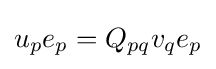
u_{p}e_{p}=Q_{pq}v_{q}e_{p}